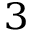
^ 3